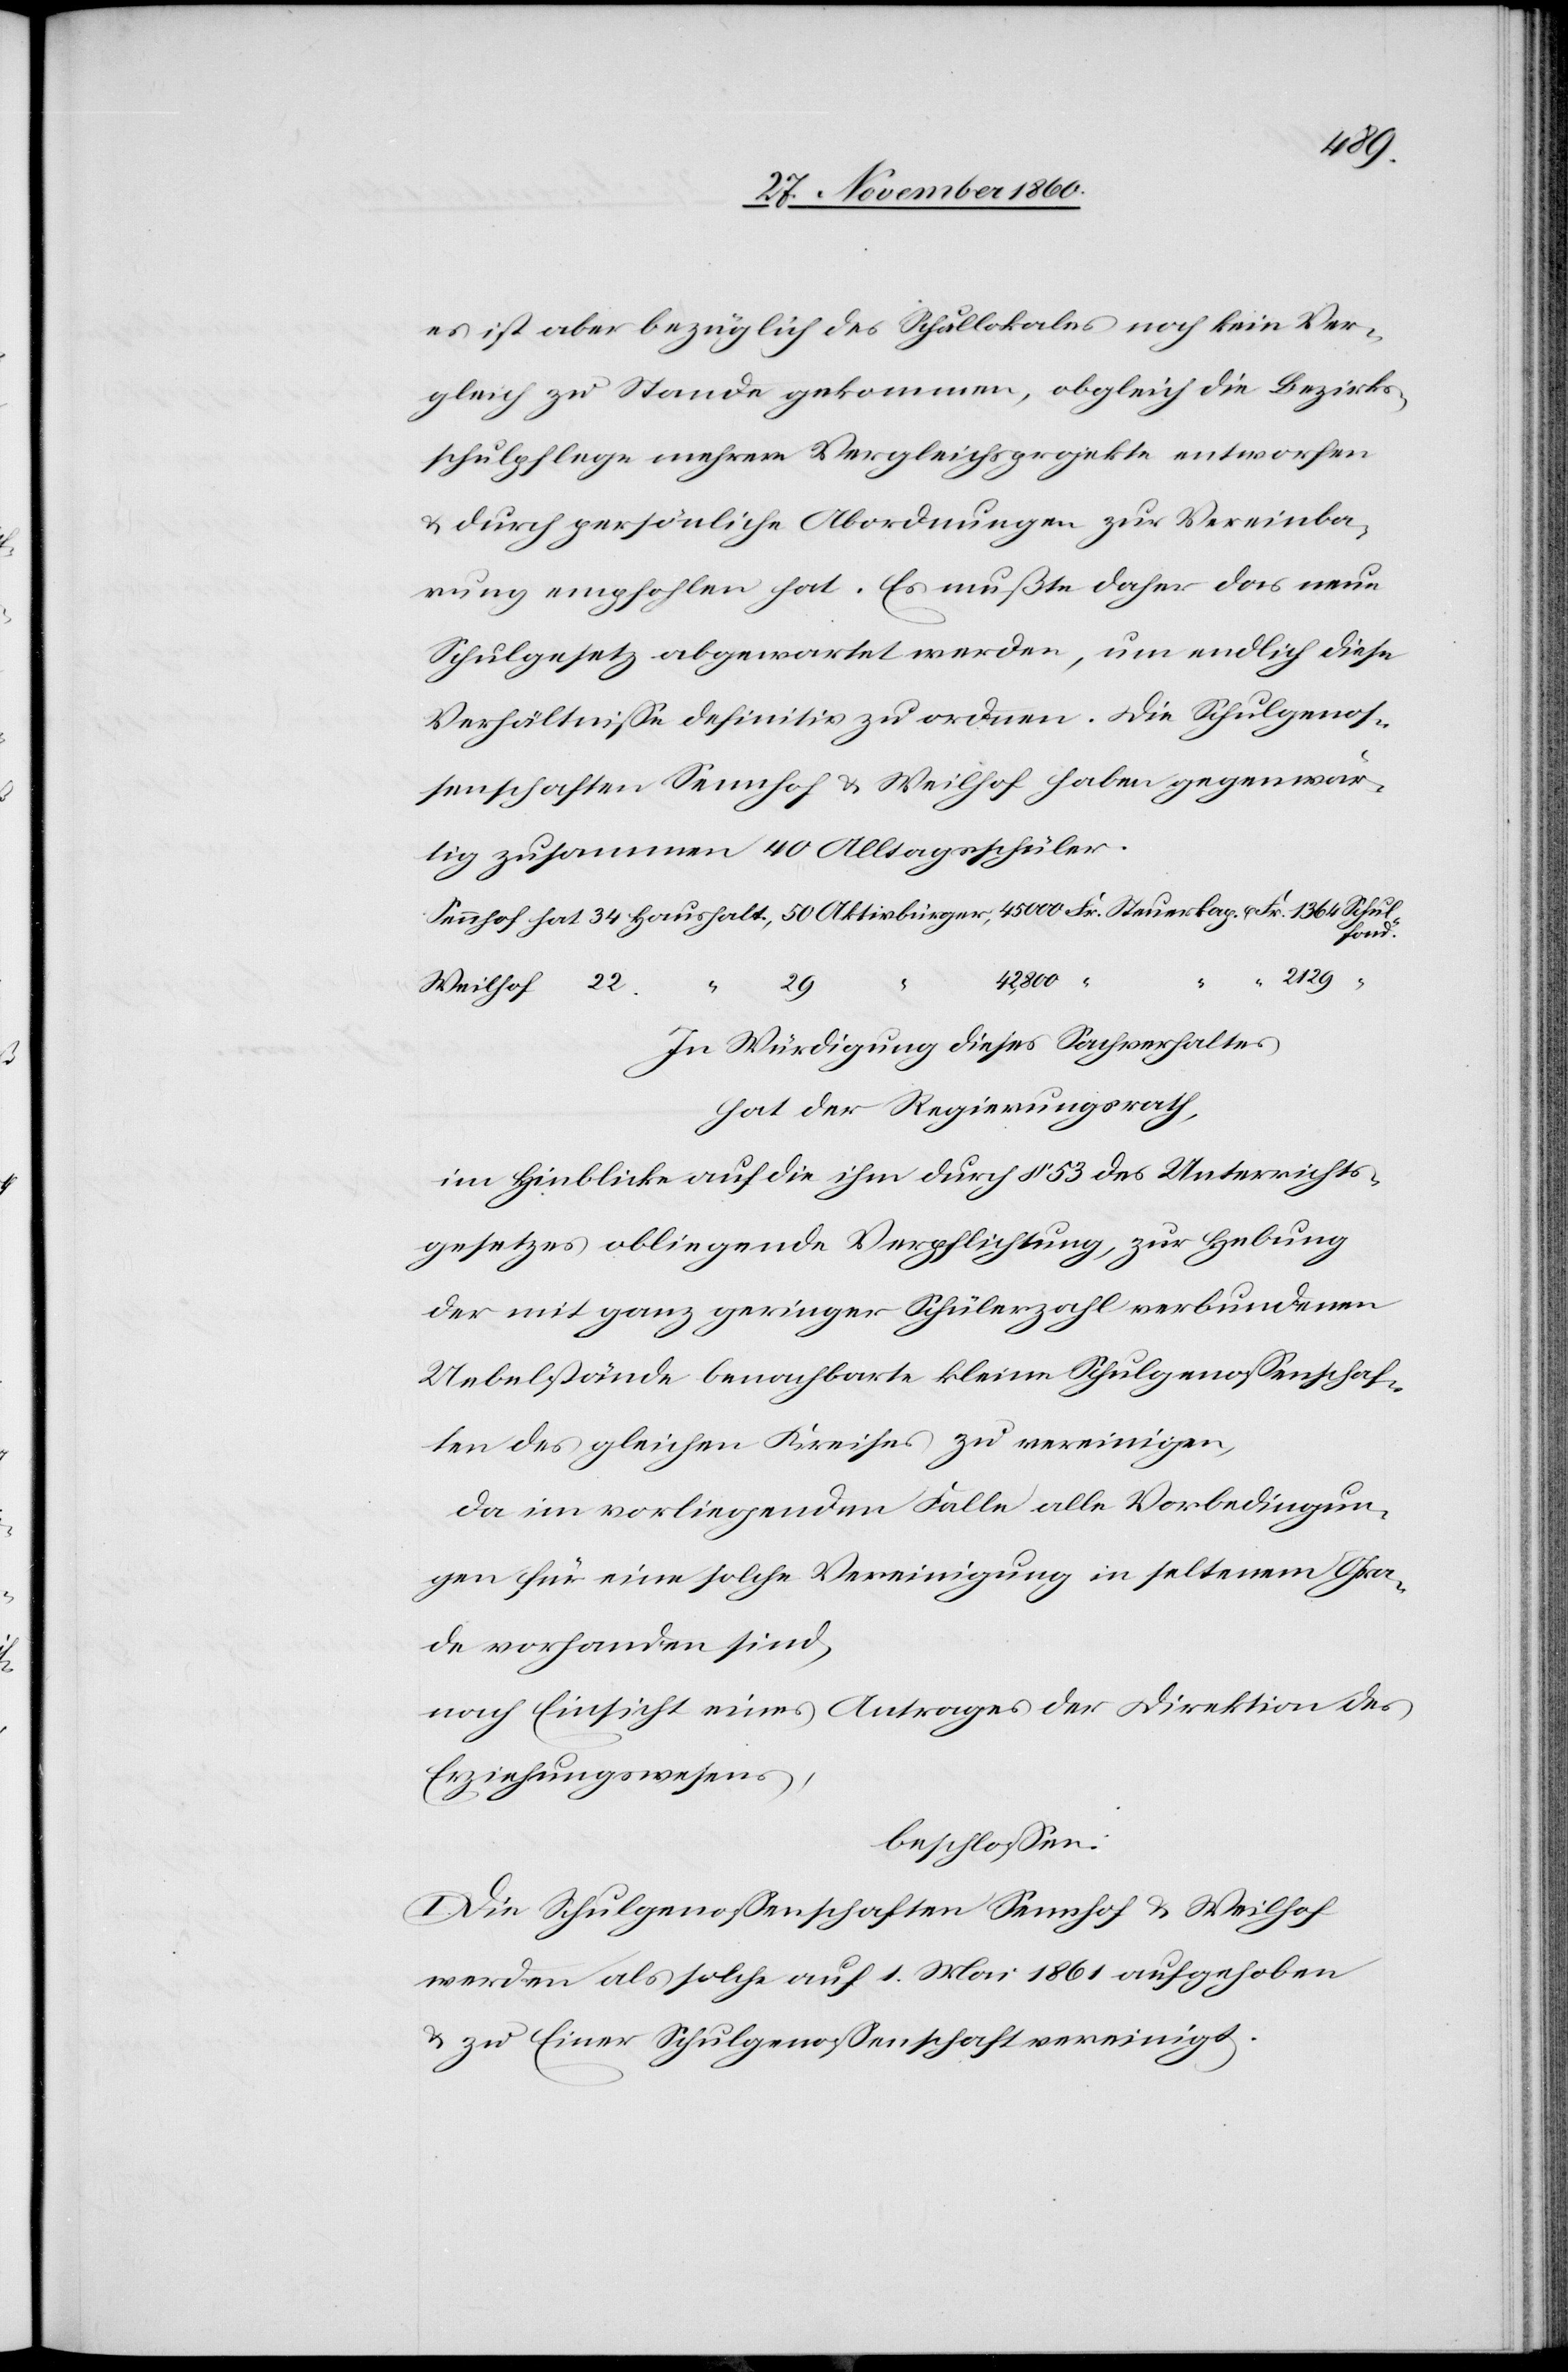
1364
es ist aber bezüglich des Schullokales noch kein Ver¬
gleich zu Stande gekommen, obgleich die Bezirks¬
schulpflege mehrere Vergleichsprojekte entworfen
u. durch persönliche Abordnungen zur Vereinba¬
rung empfohlen hat. Es mußte daher das neue
Schulgesetz abgewartet werden, um endlich diese
Verhältnisse definitiv zu ordnen. Die Schulgenos¬
senschaften Sennhof u. Weilhof haben gegenwär¬
tig zusammen 40 Alltagsschüler.
2129
42,800
“
Weilhof
29
“
In Würdigung dieses Sachverhaltes
hat der Regierungsrath,
im Hinblicke auf die ihm durch § 53 des Unterrichts¬
gesetzes obliegende Verpflichtung, zur Hebung
der mit ganz geringer Schülerzahl verbundenen
Uebelstände benachbarte kleine Schulgenossenschaf¬
ten des gleichen Kreises zu vereinigen,
da im vorliegenden Falle alle Vorbedingun¬
gen für eine solche Vereinigung in seltenem Gra¬
de vorhanden sind,
nach Einsicht eines Antrages der Direktion des
Erziehungswesens,
beschlossen:
I. Die Schulgenossenschaften Sennhof u. Weilhof
werden als solche auf 1. Mai 1861 aufgehoben
u. zu Einer Schulgenossenschaft vereinigt.